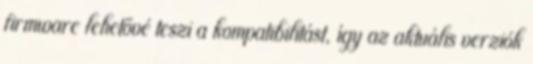
firmware lehetővé teszi a kompatibilitást, így az aktuális verziók